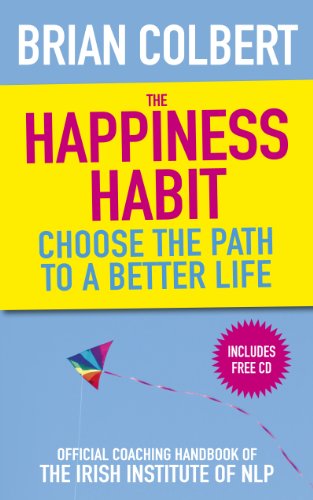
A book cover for The Happiness Habit: Choose the Path to a Better Life; Brian Colbert; Self-Help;